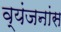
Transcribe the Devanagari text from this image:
व्यंजनांस